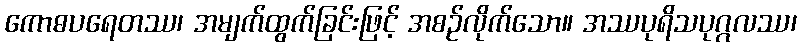
ကောဓပရေတဿ၊ အမျက်ထွက်ခြင်းဖြင့် အစဉ်လိုက်သော။ အဿပုရိသပုဂ္ဂလဿ၊